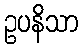
ဥပနိသာ